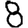
Digit: 8